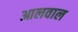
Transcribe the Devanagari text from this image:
आलवाल